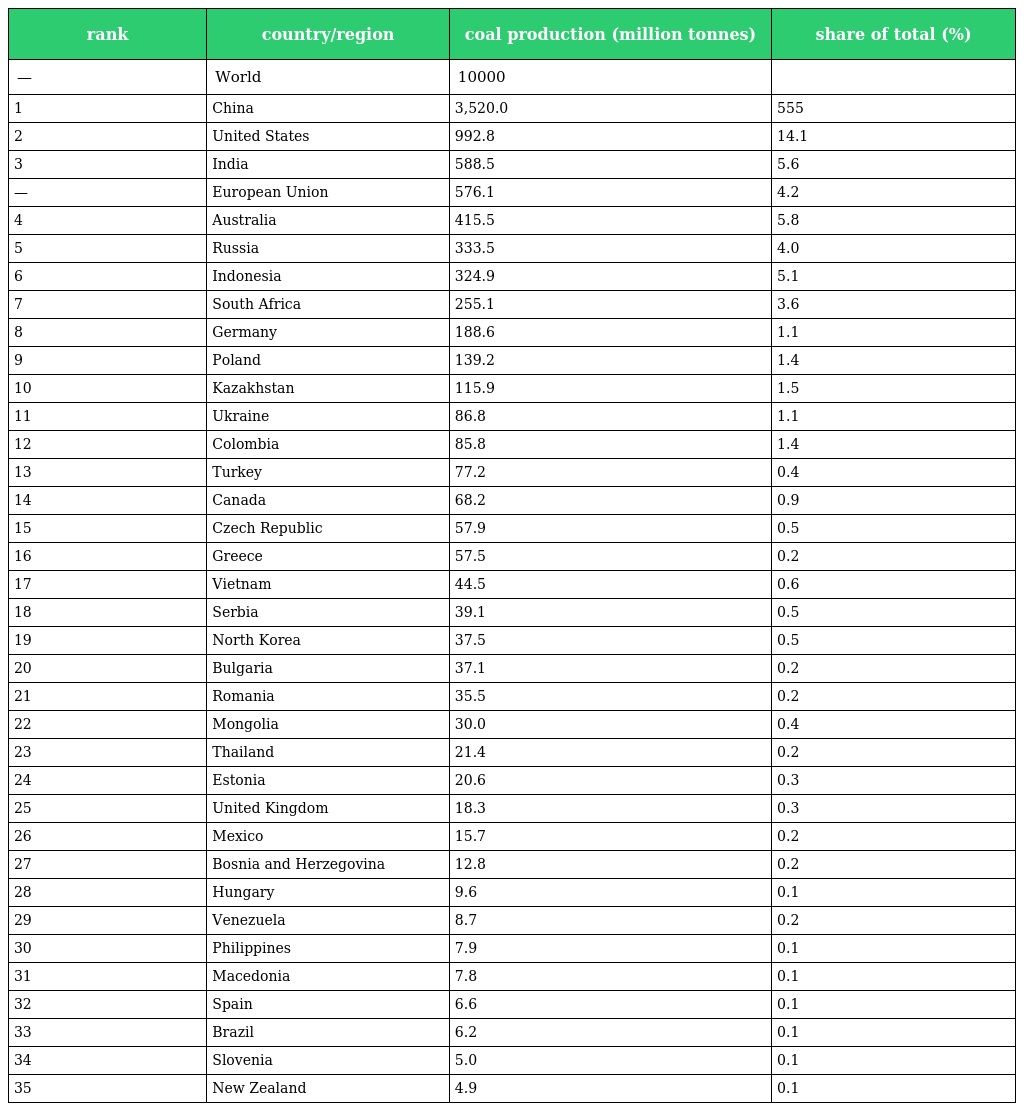
| rank | country/region | coal production (million tonnes) | share of total (%) |
 | --- | --- | --- | --- |
 | — | World | 10000 |  |
 | 1 | China | 3,520.0 | 555 |
 | 2 | United States | 992.8 | 14.1 |
 | 3 | India | 588.5 | 5.6 |
 | — | European Union | 576.1 | 4.2 |
 | 4 | Australia | 415.5 | 5.8 |
 | 5 | Russia | 333.5 | 4.0 |
 | 6 | Indonesia | 324.9 | 5.1 |
 | 7 | South Africa | 255.1 | 3.6 |
 | 8 | Germany | 188.6 | 1.1 |
 | 9 | Poland | 139.2 | 1.4 |
 | 10 | Kazakhstan | 115.9 | 1.5 |
 | 11 | Ukraine | 86.8 | 1.1 |
 | 12 | Colombia | 85.8 | 1.4 |
 | 13 | Turkey | 77.2 | 0.4 |
 | 14 | Canada | 68.2 | 0.9 |
 | 15 | Czech Republic | 57.9 | 0.5 |
 | 16 | Greece | 57.5 | 0.2 |
 | 17 | Vietnam | 44.5 | 0.6 |
 | 18 | Serbia | 39.1 | 0.5 |
 | 19 | North Korea | 37.5 | 0.5 |
 | 20 | Bulgaria | 37.1 | 0.2 |
 | 21 | Romania | 35.5 | 0.2 |
 | 22 | Mongolia | 30.0 | 0.4 |
 | 23 | Thailand | 21.4 | 0.2 |
 | 24 | Estonia | 20.6 | 0.3 |
 | 25 | United Kingdom | 18.3 | 0.3 |
 | 26 | Mexico | 15.7 | 0.2 |
 | 27 | Bosnia and Herzegovina | 12.8 | 0.2 |
 | 28 | Hungary | 9.6 | 0.1 |
 | 29 | Venezuela | 8.7 | 0.2 |
 | 30 | Philippines | 7.9 | 0.1 |
 | 31 | Macedonia | 7.8 | 0.1 |
 | 32 | Spain | 6.6 | 0.1 |
 | 33 | Brazil | 6.2 | 0.1 |
 | 34 | Slovenia | 5.0 | 0.1 |
 | 35 | New Zealand | 4.9 | 0.1 |